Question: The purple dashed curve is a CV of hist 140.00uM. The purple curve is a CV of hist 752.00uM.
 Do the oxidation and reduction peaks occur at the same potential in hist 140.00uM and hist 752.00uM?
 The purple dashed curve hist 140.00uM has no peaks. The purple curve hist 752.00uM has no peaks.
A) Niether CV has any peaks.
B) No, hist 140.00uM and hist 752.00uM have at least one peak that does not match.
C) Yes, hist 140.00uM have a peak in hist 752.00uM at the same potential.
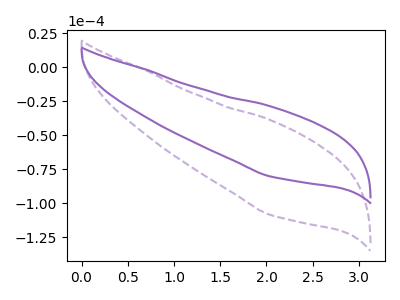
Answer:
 <answer>A) Niether CV has any peaks.</answer>
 <eval>A</eval>